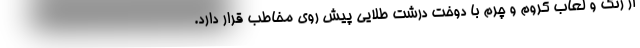
از رنگ و لعاب کروم و چرم با دوخت درشت طلایی پیش روی مخاطب قرار دارد.